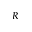
_ R